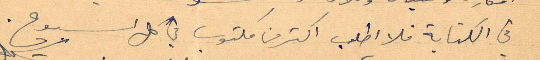
في الكتابة فلا اطلب اكتر من مكتوب في كل أسبوع